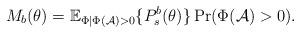
LaTeX: \begin{align*} M_b(\theta)=\mathbb{E}_{\Phi|\Phi(\mathcal{A})>0}\{P_s^b(\theta)\}\Pr(\Phi(\mathcal{A})>0).\end{align*}